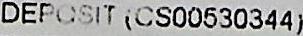
DEPOSIT (CS00530344)